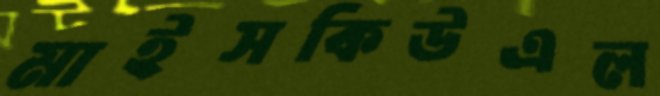
মাইসকিউএল